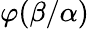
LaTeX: \varphi(\beta/\alpha)